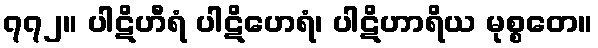
၇၇၂။ ပါဋိဟီရံ ပါဋိဟေရံ၊ ပါဋိဟာရိယ မုစ္စတေ။